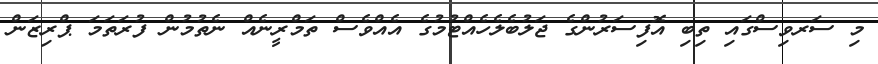
މި ސަރވިސްގައި ތިބި އޮފިސަރުންގެ ޖަލުބެލެހެއްޓުމުގެ އެއްވެސް ތަމްރީނެއް ނެތުމުން ފުރަތަމަ ޕްރިޒަން